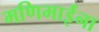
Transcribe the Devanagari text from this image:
मणिभाईंना